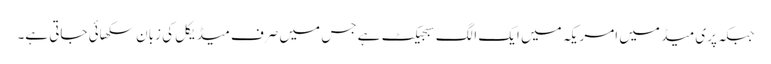
جبکہ پری میڈ میں امریکہ میں ایک الگ سبجیکٹ ہے جس میں صرف میڈیکل کی زبان سکھائی جاتی ہے۔